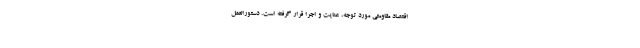
اقتصاد مقاومتی مورد توجه، عنایت و اجرا قرار گرفته است. دستورالعمل